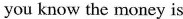
you know the money is